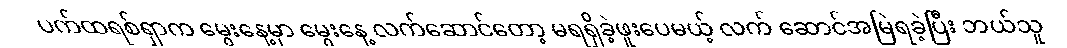
ပက်ထရစ်ရှာက မွေးနေ့မှာ မွေးနေ့ လက်ဆောင်တော့ မရရှိခဲ့ဖူးပေမယ့် လက် ဆောင်အမြဲရခဲ့ပြီး ဘယ်သူ